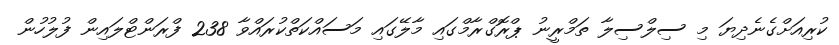
ކުރިއަށްގެނެދިޔަ މި ސިލްސިލާ ތަމްރީނު ޕްރޮގްރާމްގައި މާލޭގައި މަސައްކަތްކުރައްވާ 238 ފްރަންޓްލައިން ފުލުހުން